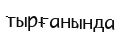
тырғанында